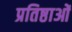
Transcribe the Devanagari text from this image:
प्रतिष्ठाओं